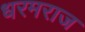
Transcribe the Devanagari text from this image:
धरमराज